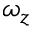
\omega _ { z }